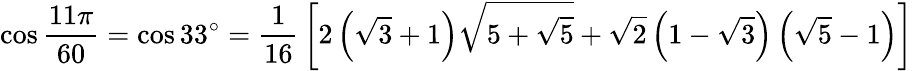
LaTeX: \cos{\frac{11\pi}{60}}=\cos 33^{\circ}={\frac{1}{16}}\left[2\left({\sqrt{3}}+1\right){\sqrt{5+{\sqrt{5}}}}+{\sqrt{2}}\left(1-{\sqrt{3}}\right)\left({\sqrt{5}}-1\right)\right]